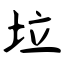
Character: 垃